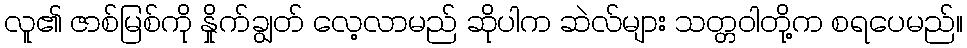
လူ၏ ဇာစ်မြစ်ကို နှိုက်ချွတ် လေ့လာမည် ဆိုပါက ဆဲလ်များ သတ္တဝါတို့က စရပေမည်။